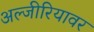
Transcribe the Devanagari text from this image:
अल्जीरियावर